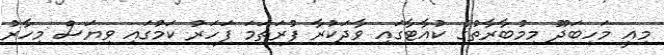
މިއީ މަހިބަދޫ މިމުބާރާތުގެ ކުއާޓާގައި ވާދަކުރާ ފުރަތަމަ ފަހަރު ކަމުގައި ވިޔަސް މިހާރު